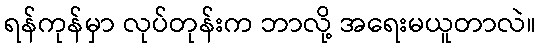
ရန်ကုန်မှာ လုပ်တုန်းက ဘာလို့ အရေးမယူတာလဲ။